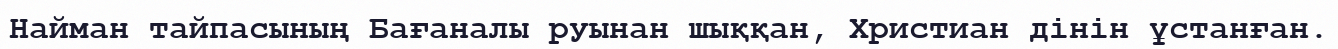
Найман тайпасының Бағаналы руынан шыққан, Христиан дінін ұстанған.